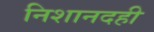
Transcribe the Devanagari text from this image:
निशानदही